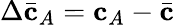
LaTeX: \Delta\bar{\mathbf{c}}_{A}=\mathbf{c}_{A}-\bar{\mathbf{c}}